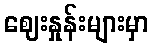
ဈေးနှုန်းများမှာ